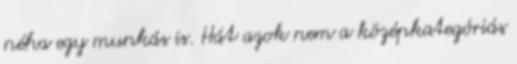
néha egy munkás is. Hát azok nem a középkategóriás